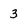
Character: 3